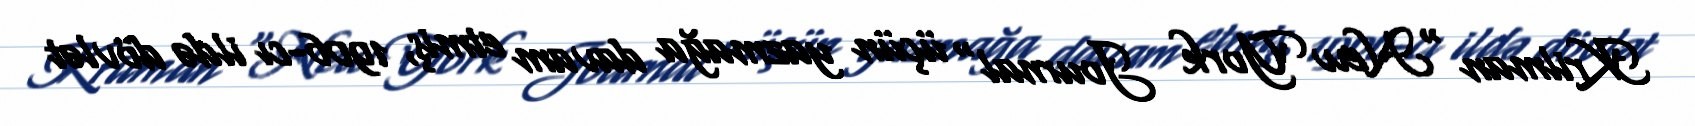
Krilman "New York Journal" üçün yazmağa davam etmiş, 1906-cı ildə dövlət